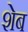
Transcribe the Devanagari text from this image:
शेब